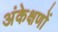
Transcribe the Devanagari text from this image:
अंकेक्षणों